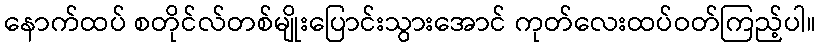
နောက်ထပ် စတိုင်လ်တစ်မျိုးပြောင်းသွားအောင် ကုတ်လေးထပ်ဝတ်ကြည့်ပါ။